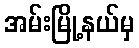
အမ်းမြို့နယ်မှ